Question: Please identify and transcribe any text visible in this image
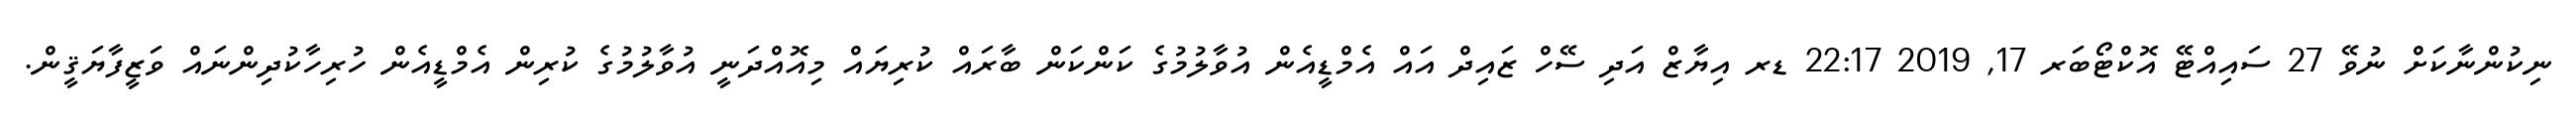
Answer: ނިކުންނާކަށް ނުވޭ 27 ސައިއްޓޭ އޮކްޓޯބަރ 17, 2019 22:17 ޑރ އިޔާޒް އަދި ސޭހް ޒައިދް އައް އެމްޑީއެން އުވާލުމުގެ ކަންކަން ބާރައް ކުރިޔައް މިއޮއްދަނީ އުވާލުމުގެ ކުރިން އެމްޑީއެން ހުރިހާކުދިންނައް ވަޒީފާޔަޤީން.